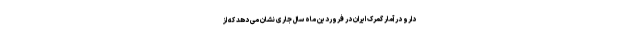
دارو در آمار گمرک ایران در فروردین ماه سال جاری نشان می دهد که از